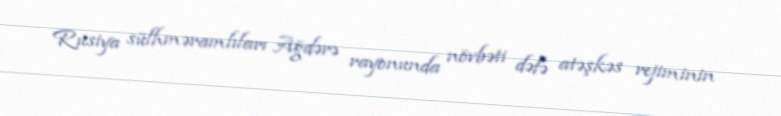
Rusiya sülhməramlıları Ağdərə rayonunda növbəti dəfə atəşkəs rejiminin